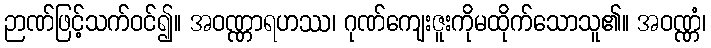
ဉာဏ်ဖြင့်သက်ဝင်၍။ အဝဏ္ဏာရဟဿ၊ ဂုဏ်ကျေးဇူးကိုမထိုက်သောသူ၏။ အဝဏ္ဏံ၊